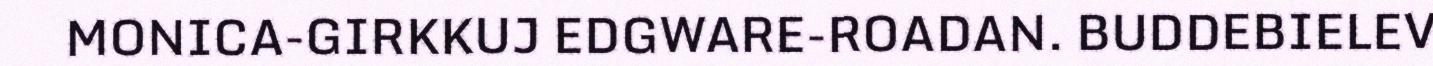
MONICA-GIRKKUJ EDGWARE-ROADAN. BUDDEBIELEV